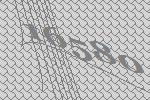
16580